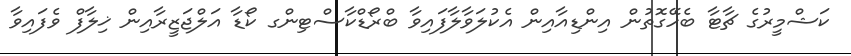
ކަޝްމީރުގެ ޗާޓާ ބެހޭގޮތުން އިންޑިއާއިން އެކުލަވާލާފައިވާ ބްރޯޑްކާސްޓިންގ ކޯޑާ އަލްޖަޒީރާއިން ޚިލާފް ވެފައިވާ